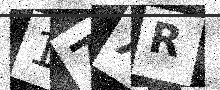
Text: 17XR